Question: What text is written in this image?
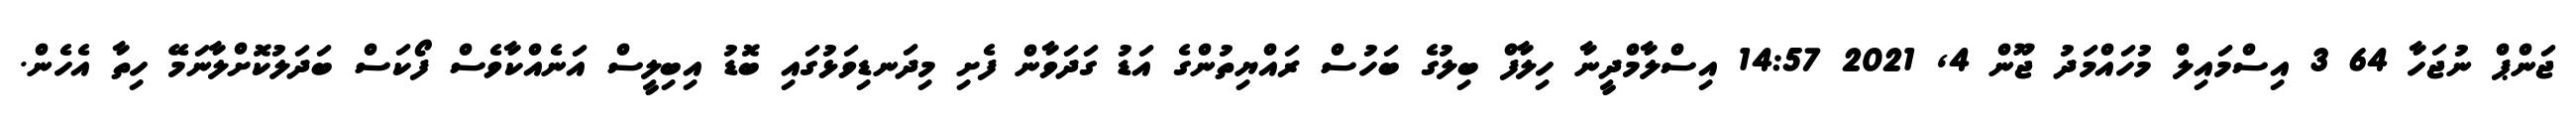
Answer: ޖަންޕް ނުޖަހާ 64 3 އިސްމައިލް މުހައްމަދު ޖޫން 4, 2021 14:57 އިސްލާމްދީނާ ހިލާފް ބިލުގެ ބަހުސް ރައްޔިތުންގެ އަޑު ގަދަވާން ފެށި މިދަނޑިވަޅުގައި ބޮޑު އިބިލީސް އަނެއްކާވެސް ފޯކަސް ބަދަލުކޮށްލާނަމޭ ހިތާ އެހެން.